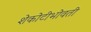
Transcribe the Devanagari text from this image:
शेकोटीभोवती